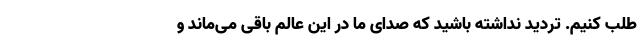
طلب کنیم. تردید نداشته باشید که صدای ما در این عالم باقی می‌ماند و